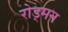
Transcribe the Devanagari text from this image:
रोड्मन